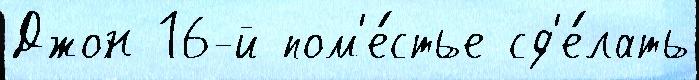
Джон 16-й пом'е́стье сд'е́лать